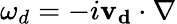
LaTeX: \omega_{d}=-i\mathbf{v_{d}}\cdot\nabla